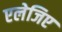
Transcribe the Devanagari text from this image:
एलेजिए